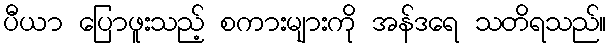
ပီယာ ပြောဖူးသည့် စကားများကို အန်ဒရေ သတိရသည်။